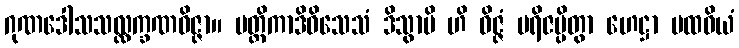
ဂုဏဒေါသသလ္လက္ခဏဝိဇ္ဇာ။ မတ္တိကာဒိဝိသေသံ ဒိသွာပိ ဟိ ဝိဇ္ဇံ ပရိဇပ္ပိတွာ ဟေဋ္ဌာ ပထဝိယံ